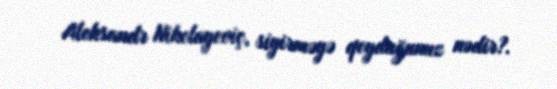
Aleksandr Nikolayeviç, siyirməyə qoyduğunuz nədir?.